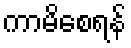
ကာမိစေရန်